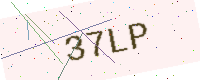
Text: 37LP